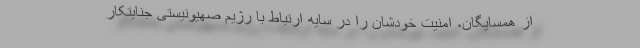
از همسایگان، امنیت خودشان را در سایه ارتباط با رژیم صهیونیستی جنایتکار